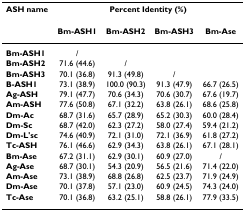
<table><thead><tr><td><b>ASH name</b></td><td colspan="4"><b>Percent Identity (%)</b></td></tr><tr><td></td><td><b>Bm-ASH1</b></td><td><b>Bm-ASH2</b></td><td><b>Bm-ASH3</b></td><td><b>Bm-Ase</b></td></tr></thead><tbody><tr><td><b>Bm-ASH1</b></td><td>/</td><td></td><td></td><td></td></tr><tr><td><b>Bm-ASH2</b></td><td>71.6 (44.6)</td><td>/</td><td></td><td></td></tr><tr><td><b>Bm-ASH3</b></td><td>70.1 (36.8)</td><td>91.3 (49.8)</td><td>/</td><td></td></tr><tr><td><b>B-ASH1</b></td><td>73.1 (38.9)</td><td>100.0 (90.3)</td><td>91.3 (47.9)</td><td>66.7 (26.5)</td></tr><tr><td><b>Ag-ASH</b></td><td>79.1 (47.7)</td><td>70.6 (34.3)</td><td>70.6 (30.7)</td><td>67.6 (19.7)</td></tr><tr><td><b>Am-ASH</b></td><td>77.6 (50.8)</td><td>67.1 (32.2)</td><td>63.8 (26.1)</td><td>68.6 (25.8)</td></tr><tr><td><b>Dm-Ac</b></td><td>68.7 (31.6)</td><td>65.7 (28.9)</td><td>65.2 (30.3)</td><td>60.0 (28.4)</td></tr><tr><td><b>Dm-Sc</b></td><td>68.7 (42.0)</td><td>62.3 (27.2)</td><td>58.0 (27.4)</td><td>59.4 (21.2)</td></tr><tr><td><b>Dm-L&#x27;sc</b></td><td>74.6 (40.9)</td><td>72.1 (31.0)</td><td>72.1 (36.9)</td><td>61.8 (27.2)</td></tr><tr><td><b>Tc-ASH</b></td><td>76.1 (46.6)</td><td>62.9 (34.3)</td><td>63.8 (26.1)</td><td>67.1 (28.1)</td></tr><tr><td><b>Bm-Ase</b></td><td>67.2 (31.1)</td><td>62.9 (30.1)</td><td>60.9 (27.0)</td><td>/</td></tr><tr><td><b>Ag-Ase</b></td><td>68.7 (30.1)</td><td>54.3 (20.9)</td><td>56.5 (21.6)</td><td>71.4 (22.0)</td></tr><tr><td><b>Am-Ase</b></td><td>73.1 (38.9)</td><td>68.8 (26.8)</td><td>62.5 (23.7)</td><td>71.9 (24.9)</td></tr><tr><td><b>Dm-Ase</b></td><td>70.1 (37.8)</td><td>57.1 (23.0)</td><td>60.9 (24.5)</td><td>74.3 (24.0)</td></tr><tr><td><b>Tc-Ase</b></td><td>70.1 (36.8)</td><td>63.2 (25.1)</td><td>58.8 (26.1)</td><td>77.9 (33.5)</td></tr></tbody></table>